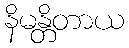
နိမန္တိတာယ